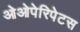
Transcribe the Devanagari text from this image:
ओओपेरिपेटस